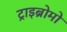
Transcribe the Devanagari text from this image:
ट्राइब्रोमो